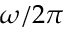
\omega / 2 \pi